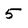
Character: 5